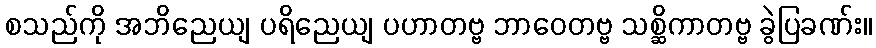
စသည်ကို အဘိညေယျ ပရိညေယျ ပဟာတဗ္ဗ ဘာဝေတဗ္ဗ သစ္ဆိကာတဗ္ဗ ခွဲပြခဏ်း။